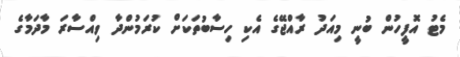
މެޓު އޮފީހުން ބުނީ މިއަދު ރާއްޖޭގެ އެކި ހިސާބުތަކަށް ކުރަމުންދާ ވިއްސާރަ މާދަމާގެ